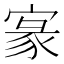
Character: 𡩀